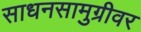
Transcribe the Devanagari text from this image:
साधनसामुग्रीवर